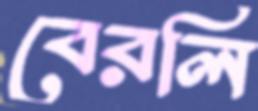
বেরলি